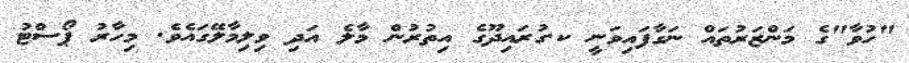
"ހުވާ"ގެ މަންޒަރުތައް ނަގާފައިވަނީ ކ.ގުރައިދޫގެ އިތުރުން މާލެ އަދި ވިލިމާލޭގައެވެ. މިހާރު ޕޯސްޓު